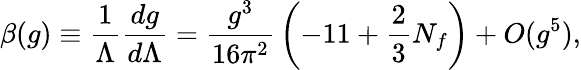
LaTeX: \beta(g)\equiv{\frac{1}{\Lambda}}{\frac{dg}{d\Lambda}}={\frac{g^{3}}{16\pi^{2}}}\left(-11+{\frac{2}{3}}N_{f}\right)+O(g^{5}),